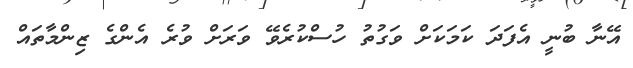
އޭނާ ބުނީ އެފަދަ ކަމަކަށް ވަގުތު ހުސްކުރެވޭ ވަރަށް ވުރެ އެންގެ ޒިންމާތައް